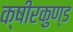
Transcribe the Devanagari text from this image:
क्षीरकुण्ड